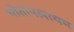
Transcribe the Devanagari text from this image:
थोतापलायम